Civil Veterinary Dept. Assam report 1911-1927 - 1911-1927
Year: 1911
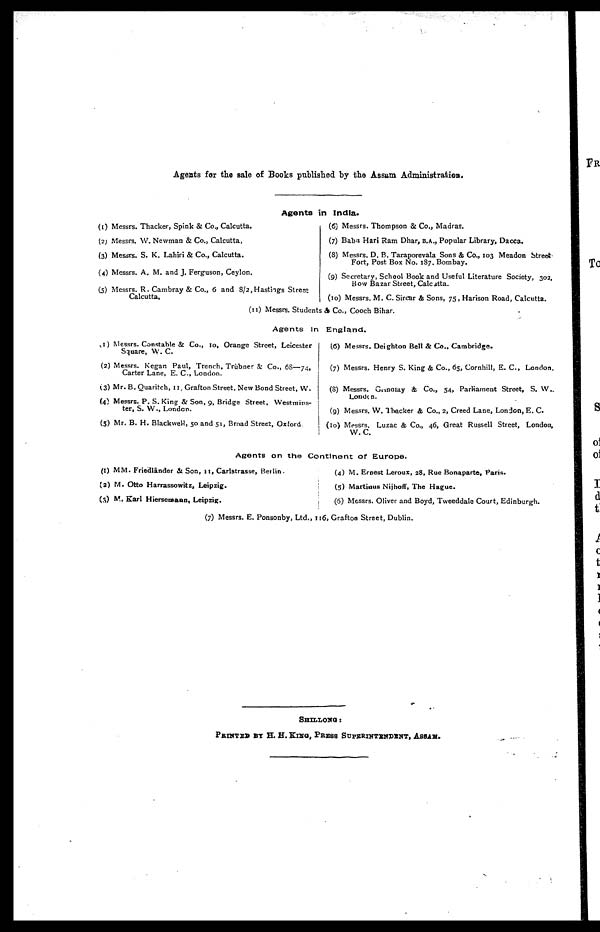
Agents for the sale of Books published by the Assam Administration
Agents in India.
(1) Messrs. Thacker, Spink & Co., Calcutta.
(2) Messrs. W. Newman & Co., Calcutta,
(3) Messrs. S. K. Lahiri & Co., Calcutta.
(4) Messrs. A. M. and J. Ferguson, Ceylon.
(5) Messrs. R. Cambray & Co., 6 and 8/2,Hastings Street
Calcutta,
(6) Messrs. Thompson & Co., Madras.
(7) Babsi Hari Ram Dhar, B.A., Popular Library, Dacca.
(8) Messrs. D. B. Taraporevala Sons & Co., 103 Meadon Street
Fort, Post Box No. 187. Bombay.
(9) Secretary, School Book and Useful Literature Society, 302,
Bow Bazar Street, Calcutta.
(10) Messrs. M. C. Sircar & Sons, 75, Harison Road, Calcutta.
(11; Messrs. Students & Co., Cooch Bihar.
Agents In England.
(1) Messrs. Constable & Co., 10, Orange Street, Leicester
Square, W. C.
(2) Messrs. Kegan Paul, Trench, Triibner & Co., 68—74,
Carter Lane, E. C-, London.
(3) Mr. B. Quaritch, II, Grafton Street. New Bond Street, W.
(4) Messrs. P. S.King & Son, 9, Bridge Street, Westmins-
ter, S. W., London.
(5) Mr. B. H. BlackvveH, 50 and 51, Broad Street, Oxford.
(6) Messrs. Deighton Bell & Co., Cambridge.
(7) Messrs. Henry S. King & Co., 65, Cornhill, E. C, London.
(8) Messrs. Gnnaiay & Co., 54, Parliament Street, S. W..
Loadon.
(9) Messrs. W. Thacker & Co., 2, Creed Lane, London, E. C.
(10) Messrs. Luzac & Co., 46, Great Russell Street, London,
W. C.
Agents on the Continent of Europe.
(1) MM. Friedlander & Son, 11, Carlstrasse, Berlin.
(2) M. Otto Harrassowitz, Leipzig.
(3) M, Karl Hiersemaan, Leipzig.
(4) M. Ernest Leroux, 28, Rue Bonaparte, Paris.
(5) Martiuus Nijhoff, The Hague.
(6) Messrs. Oliver and Boyd, Tweeddale Court, Edinburgh.
(7) Messrs. E. Ponsonby, Ltd., 116, Grafton Street, Dublin.
SHILLONG:
PRINTED BY E. H. Knra, PRESS SUPERINTENDENT, ASSAM.